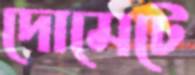
দোমেটে